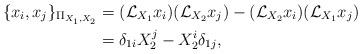
LaTeX: \begin{align*}\{x_i,x_j\}_{\Pi_{X_1,X_2}}&= (\mathcal{L}_{X_1}x_i)(\mathcal{L}_{X_2}x_j) - (\mathcal{L}_{X_2}x_i)(\mathcal{L}_{X_1}x_j)\\&=\delta_{1i}X_{2}^{j}-X_{2}^{i}\delta_{1j},\end{align*}